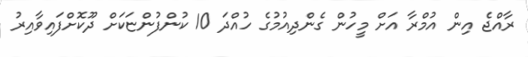
ރާއްޖެ އިން އުމްރާ އަށް މީހުން ގެންދިއުމުގެ ހުއްދަ 10 ކުންފުންޏަކަށް ދޫކޮށްފައިވާއިރު